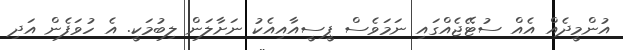
އުންމީދެއް އެއް ސުޓޭޖެއްގައި ނަމަވެސް ޕީސީއާއިއެކު ނަށާލަން ލިބުމަކީ. އެ ހުވަފެން އަދި